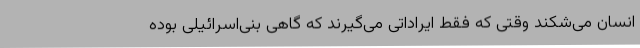
انسان می‌شکند وقتی که فقط ایراداتی می‌گیرند که گاهی بنی‌اسرائیلی بوده